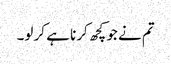
تم نے جو کچھ کرنا ہے کر لو۔